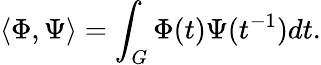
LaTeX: \langle\Phi,\Psi\rangle=\int_{G}\Phi(t)\Psi(t^{-1})dt.